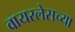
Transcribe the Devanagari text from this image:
वायरलेसच्या